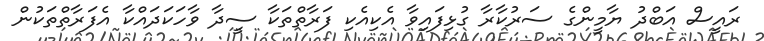
ރައީސް އަބްދު ޔާމީންގެ ސަރުކާރާ ގުޅިފައިވާ އެކިއެކި ފަރާތްތަކާ ސީދާ ވާހަކަދައްކާ އެފަރާތްތަކުން